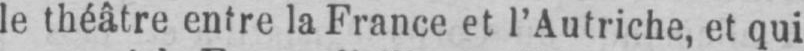
le théâtre entre la France et l’Autriche, et qui